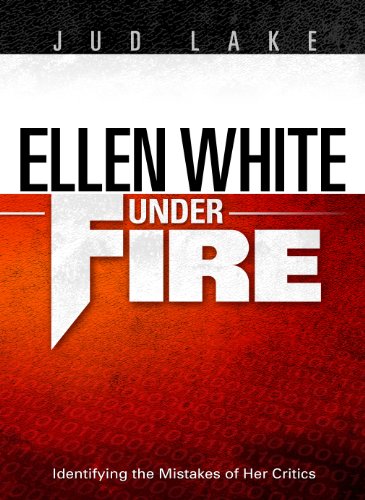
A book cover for Ellen White Under Fire: Identifying the Mistakes of Her Critics; Jud Lake; Christian Books & Bibles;